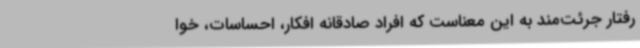
رفتار جرئت‌مند به این معناست که افراد صادقانه افکار، احساسات، خوا